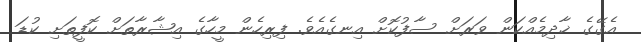
އެގޭގެ ޚާދިމެއްކަން ވަރަށް ސާފުކޮށް އިނގެއެވެ. ފިރިހެން މީހާގެ އިޝާރާތަށް ކޮފީތަށި ކުޑަ